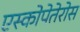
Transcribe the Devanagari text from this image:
एस्कोपेतेरोस